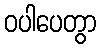
ဝပါပေတွာ